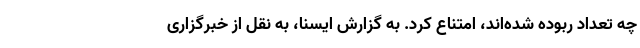
چه تعداد ربوده شده‌اند، امتناع کرد. به گزارش ایسنا، به نقل از خبرگزاری